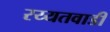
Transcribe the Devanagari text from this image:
रय्यतवाडी